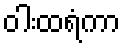
ဝါးထရံကာ